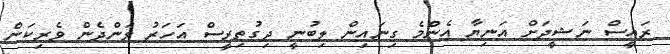
ރައީސް ނަޝީދަށް އަނިޔާ އެންމެ ގިނައިން ލިބުނީ ދިގުތިރީސް އަހަރު ވަންދެން ވެރިކަން